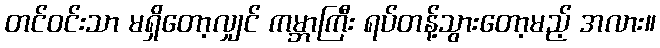
တင်ဝင်းသာ မရှိတော့လျှင် ကမ္ဘာကြီး ရပ်တန့်သွားတော့မည့် အလား။